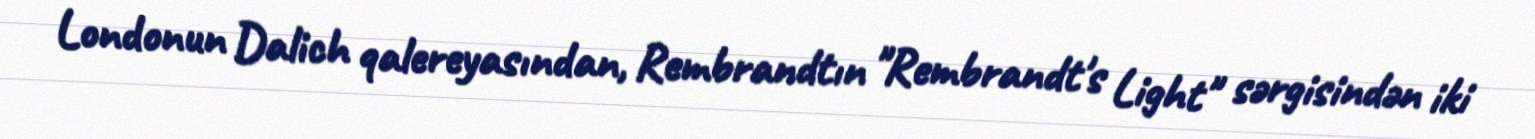
Londonun Dalich qalereyasından, Rembrandtın "Rembrandt's Light" sərgisindən iki